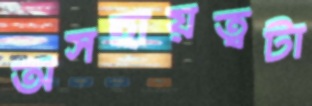
অসহায়ত্বটা